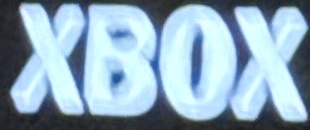
XBOX